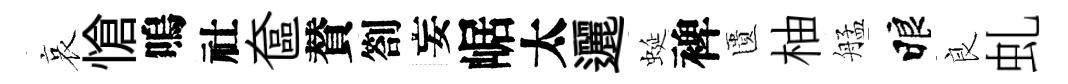
哀愴嗚社奩賛劄妄崌太邐蜒裨匱柚艋睱良虬